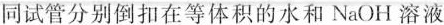
同试管分别倒扣在等体积的水和NaOH溶液